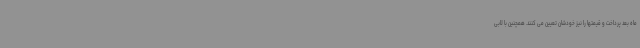
ماه بعد پرداخت و قیمتها را نیز خودشان تعیین می کنند. همچنین با لابی